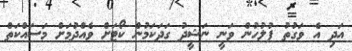
އަދި އެ ވަގުތު ފުލުހުން ވަނީ ނަޝީދު ގަދަކަމުން ކޯޓަށް ވެއްދުމަށް މަސައްކަތް